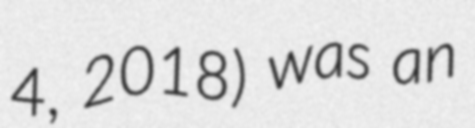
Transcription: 4, 2018) was an